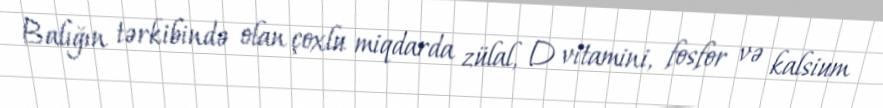
Balığın tərkibində olan çoxlu miqdarda zülal, D vitamini, fosfor və kalsium